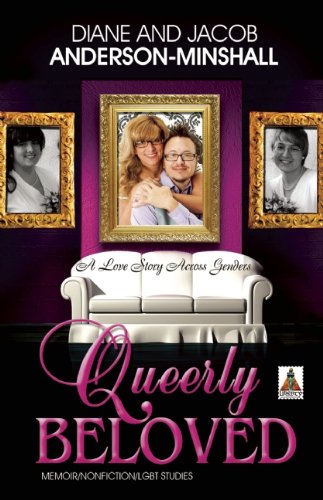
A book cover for Queerly Beloved: A Love Story Across Genders; Diane Anderson-Minshall; Gay & Lesbian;